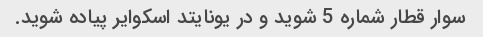
سوار قطار شماره 5 شوید و در یونایتد اسکوایر پیاده شوید.